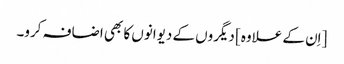
[اِن کے علاوہ] دیگروں کے دیوانوں کا بھی اضافہ کرو۔